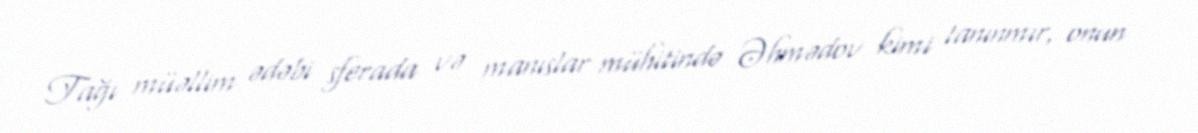
Tağı müəllim ədəbi sferada və manıslar mühitində Əhmədov kimi tanınmır, onun